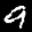
Label: 9